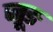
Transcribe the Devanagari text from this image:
जूङ